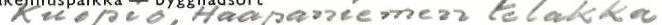
Kuopio, Haapaniemen telakka